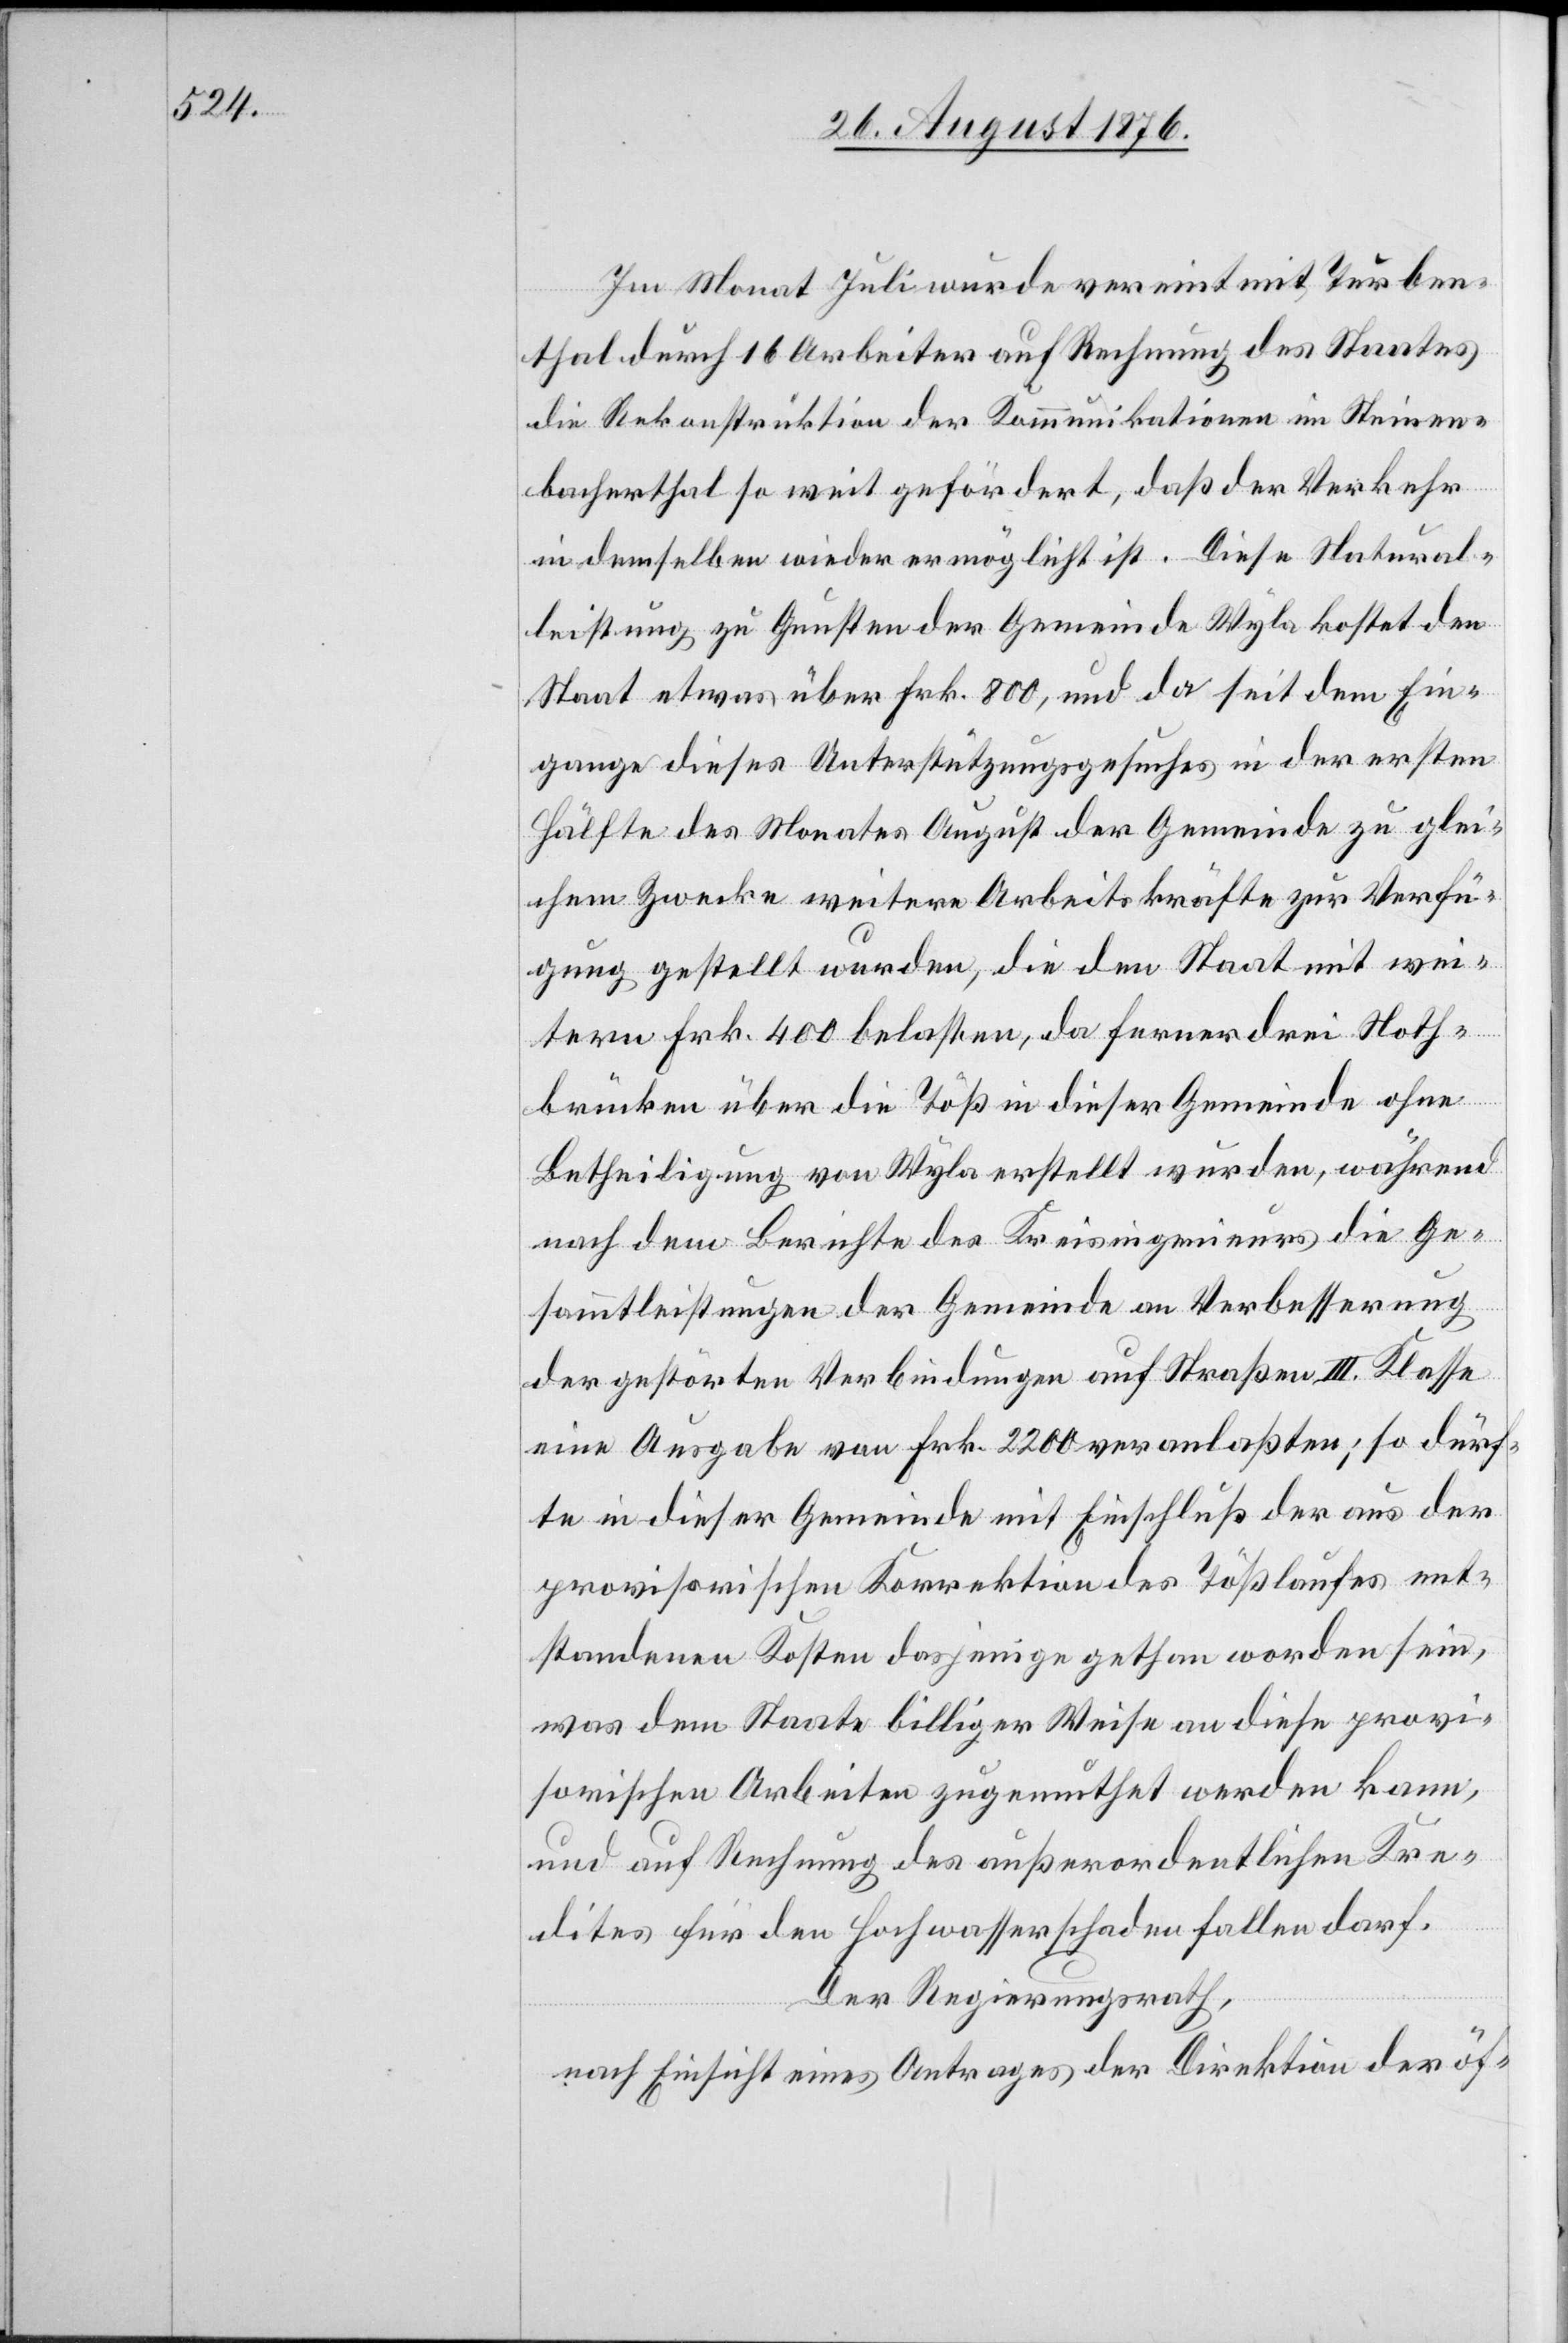
Im Monat Juli wurde vereint mit Turben¬
thal durch 16 Arbeiter auf Rechnung des Staates
die Rekonstruktion der Kommunikationen im Steinen¬
bachthal so weit gefördert, daß der Verkehr
in demselben wieder möglich ist. Diese Natural¬
leistung zu Gunsten der Gemeinde Wyla kostet den
Staat etwas über Frk. 800, und da seit dem Ein¬
gange dieses Unterstützungsgesuches in der ersten
Hälfte des Monates August der Gemeinde zu glei¬
chem Zwecke weitere Arbeitskräfte zur Verfü¬
gung gestellt wurden, die den Staat mit wei¬
tern Frk 400 belasten, da ferner drei Noth¬
brücken über die Töß in dieser Gemeinde ohne
Betheiligung von Wyla erstellt wurden, während
nach dem Berichte des Kreisingenieurs die Ge¬
sammtleistungen der Gemeinde an Verbesserung
der gestörten Verbindungen auf Straßen III. Klasse
eine Ausgabe von Frk. 2200 veranlaßten; so dürf¬
te in dieser Gemeinde mit Einschluß der aus der
provisorischen Korrektion des Tößlaufes ent¬
standenen Kosten dasjenige gethan worden wein,
was dem Staate billiger Weise an diese provi¬
sorischen Arbeiten zugemuthet werden kann,
und auf Rechnung des außerordentlichen Kre¬
dites für den Hochwasserschaden fallen darf.
Der Regierungsrath,
nach Einsicht eines Antrages der Direktion der öf-